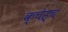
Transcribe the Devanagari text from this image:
क्चेह्च